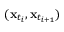
( \mathbf { x } _ { t _ { i } } , \mathbf { x } _ { t _ { i + 1 } } )